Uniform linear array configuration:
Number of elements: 12
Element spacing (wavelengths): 0.75
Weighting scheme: binomial
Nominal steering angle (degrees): -45
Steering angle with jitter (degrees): -46.838
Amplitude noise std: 0.05
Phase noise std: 0.05

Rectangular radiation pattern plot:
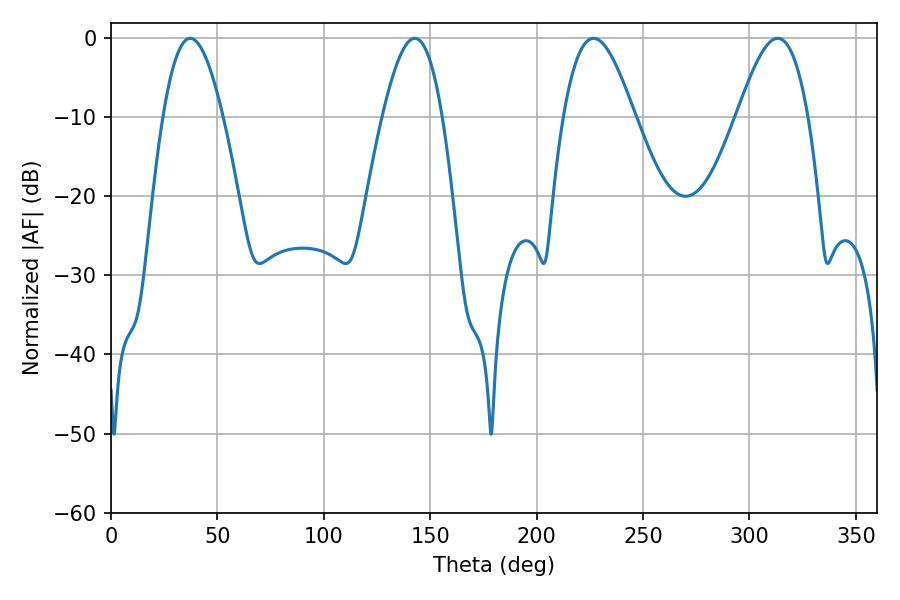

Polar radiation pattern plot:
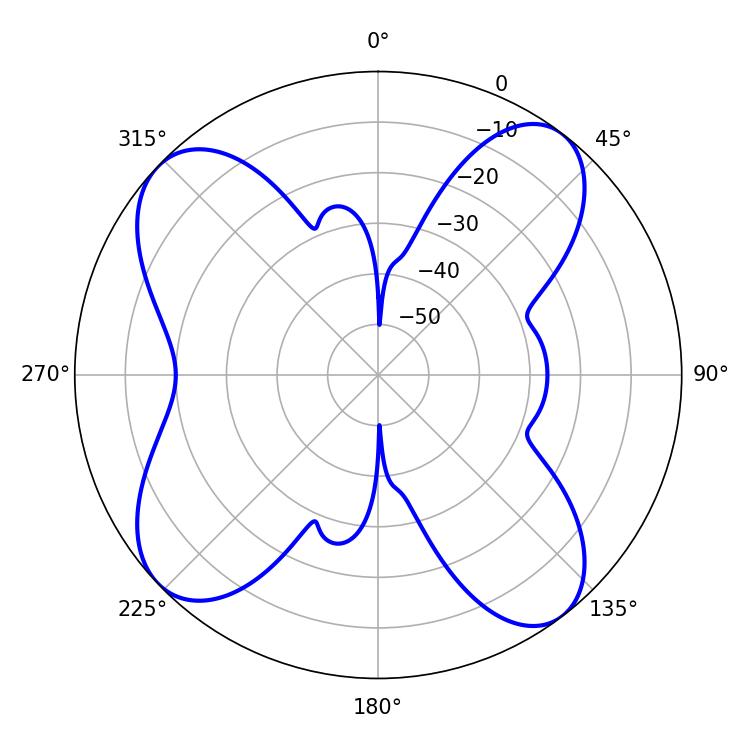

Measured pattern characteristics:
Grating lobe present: TRUE
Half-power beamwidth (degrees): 15.12
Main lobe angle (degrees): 37.26